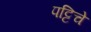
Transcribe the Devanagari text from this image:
पट्टिचे